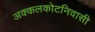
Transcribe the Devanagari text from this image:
अक्कलकोटनिवासी